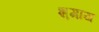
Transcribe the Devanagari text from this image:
श़माय